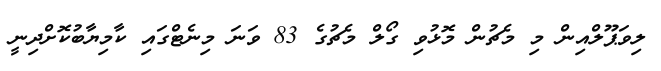
ލިވަޕޫލްއިން މި މެޗުން މޮޅުވި ގޯލް މެޗުގެ 83 ވަނަ މިނެޓްގައި ކާމިޔާބުކޮށްދިނީ